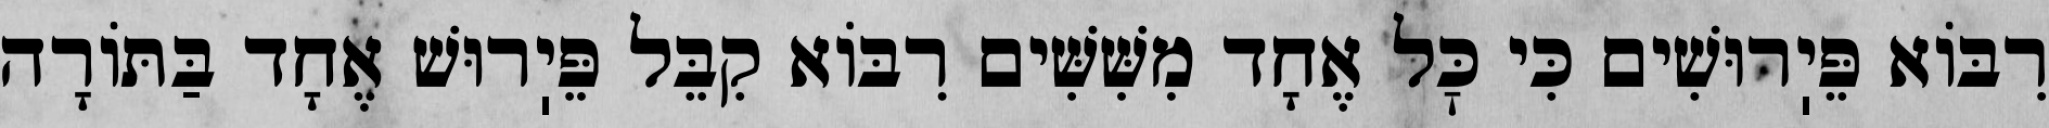
רִבּוֹא פֵּיֽרוּשִׁים כִּי כׇּל אֶחָד מִשִּׁשִּׁים רִבּוֹא קִבֵּל פֵּיֽרוּשׁ אֶחָד בַּתּוֹרָה